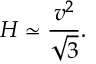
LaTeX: H \simeq \frac { v ^ { 2 } } { \sqrt { 3 } } .